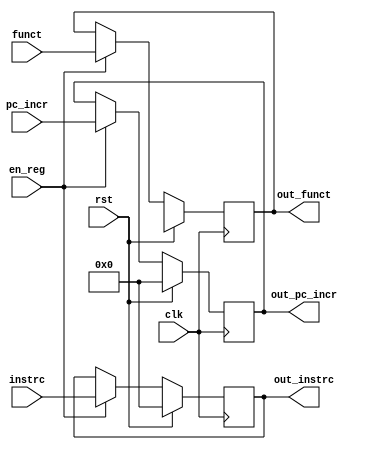
/*
	Title: 32-Bit Register with Synchronous Reset
	Editor: Selene (Computer System and Architecture Lab, ICE, CYCU)
	
	Input Port
		1. clk
		2. rst: mT
		3. en_reg: sO_igJ
		4. d_in: gJs
	Output Port
		1. d_out: s
*/
module reg_if( clk, rst, en_reg, pc_incr, instrc, funct, out_pc_incr, out_instrc, out_funct ) ;
  input clk, rst, en_reg ;
  input [5:0] funct ;
  input [31:0] pc_incr, instrc ;
  
  output [31:0] out_pc_incr, out_instrc ;
  output [5:0] out_funct ;
  reg [31:0] out_pc_incr, out_instrc ;
  reg [5:0] out_funct ;
  
  always @( posedge clk ) begin
        if ( rst ) begin
		    out_pc_incr <= 32'b0;
			out_instrc <= 32'b0 ;
			out_funct <= 6'bx ;
		end
        else if ( en_reg ) begin
			out_pc_incr <= pc_incr;
			out_instrc <= instrc ;
			out_funct <= funct ;
		end
    end

endmodule